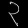
Digit: ၃